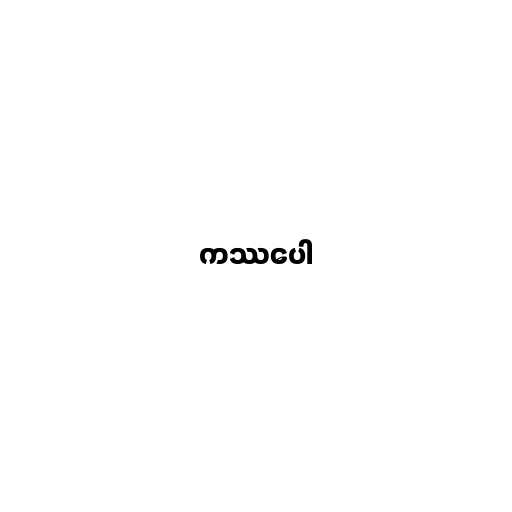
ကဿပေါ